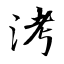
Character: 洘